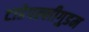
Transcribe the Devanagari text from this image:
टाडेपल्लीगुडम